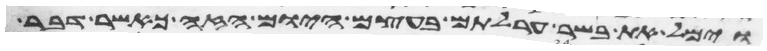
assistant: וימל את בשר ערלתם בעצם היום הזה כאשר דבר